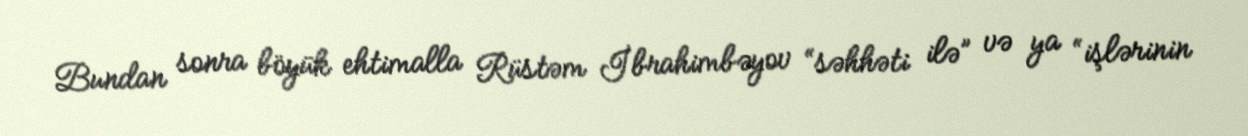
Bundan sonra böyük ehtimalla Rüstəm İbrahimbəyov “səhhəti ilə” və ya “işlərinin